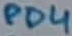
Text: PD4